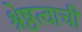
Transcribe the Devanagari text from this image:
श्रेष्ठत्वाची